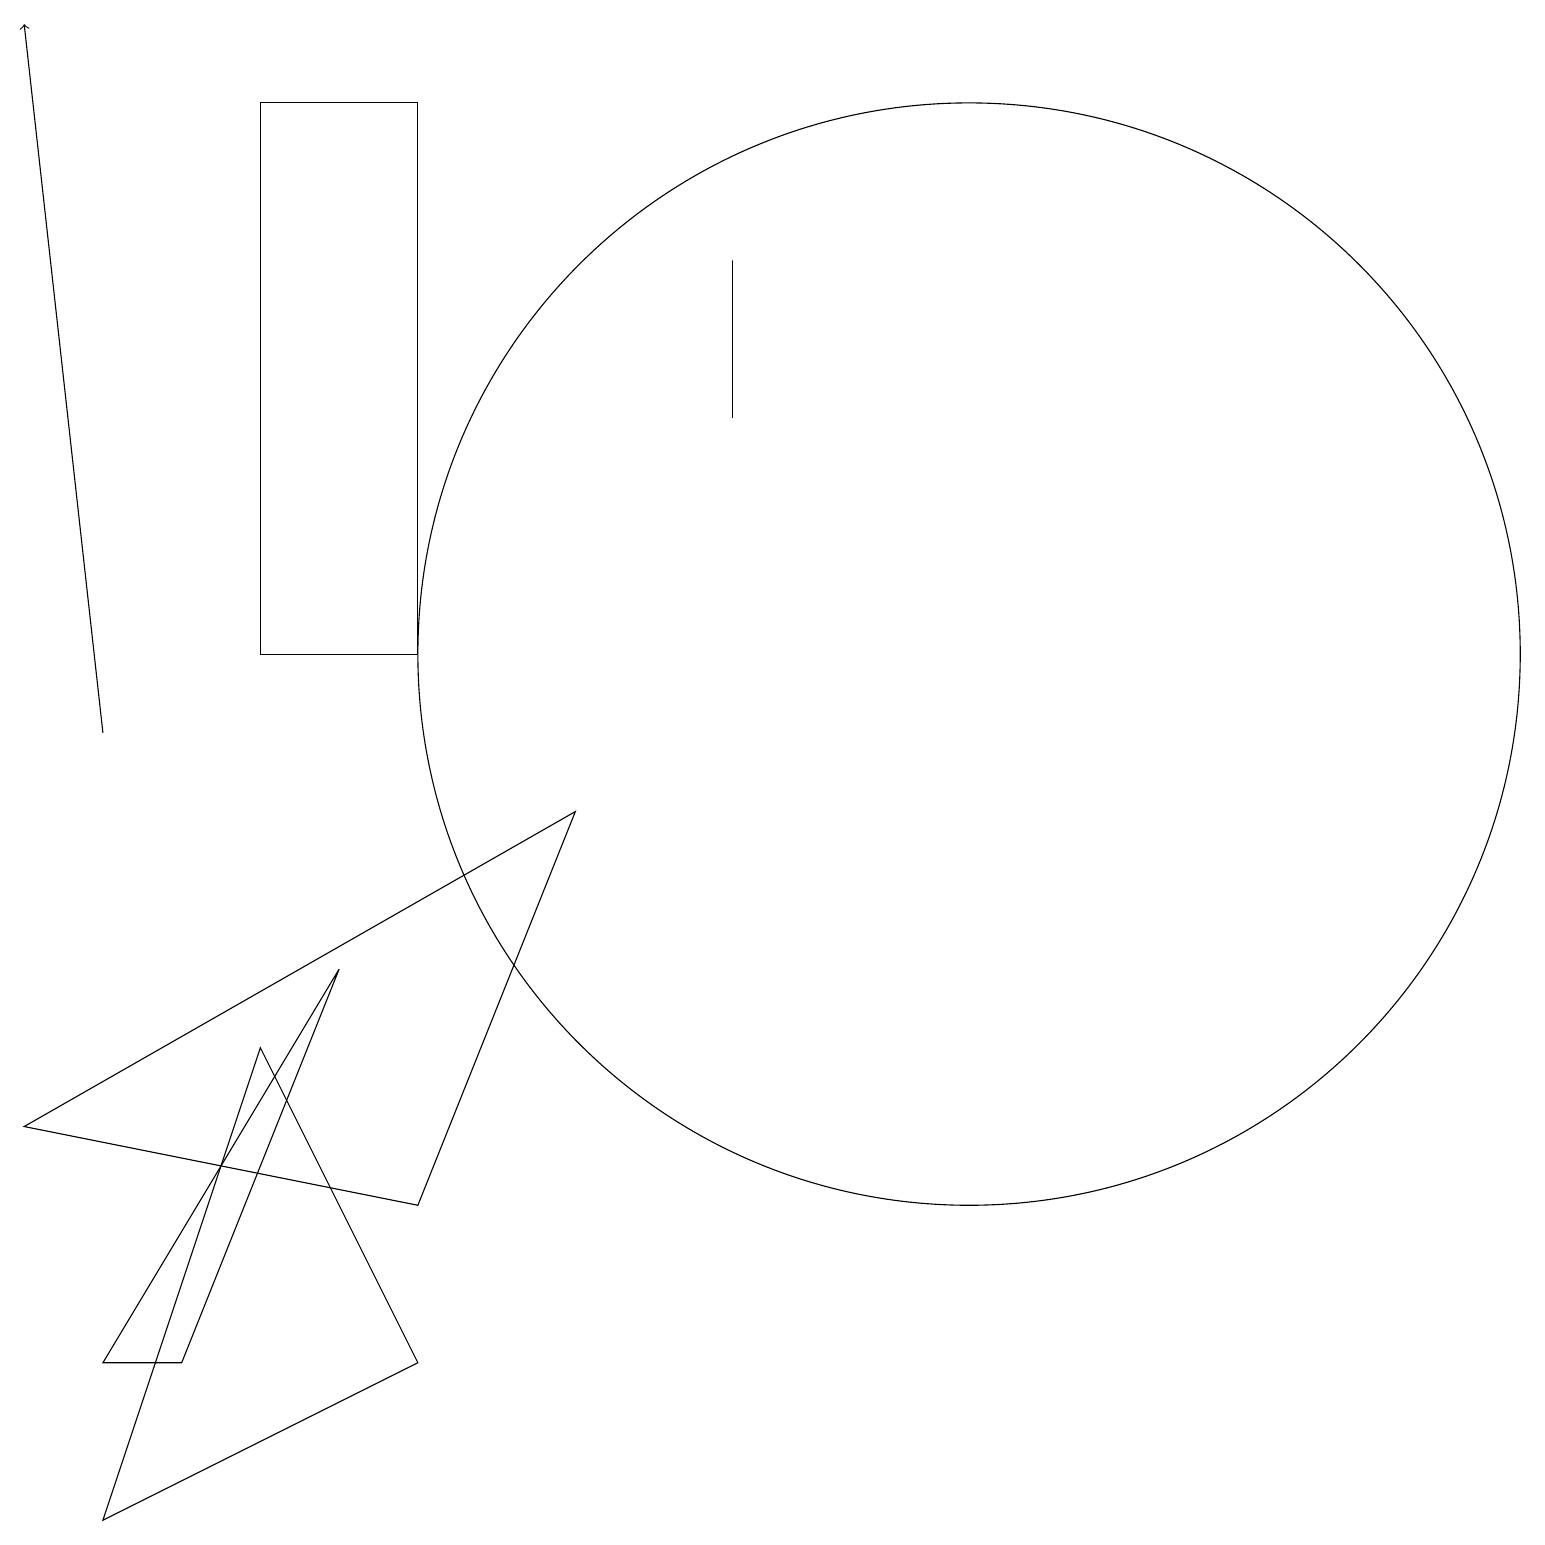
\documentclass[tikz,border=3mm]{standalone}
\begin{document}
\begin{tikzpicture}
\draw (12,11) circle (7);
\draw (11,12) circle (0);
\draw (5,4) -- (7,9) -- (0,5) -- cycle;
\draw[->] (1,10) -- (0,19);
\draw (5,18) rectangle (3,11);
\draw (4,7) -- (2,2) -- (1,2) -- cycle;
\draw (9,14) rectangle (9,16);
\draw (1,0) -- (5,2) -- (3,6) -- cycle;
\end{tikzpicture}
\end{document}